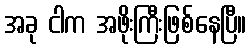
အခု ငါက အဖိုးကြီးဖြစ်နေပြီ။